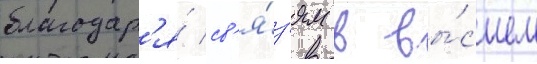
благодар'я́ св'я́з'ям в вы́сшем